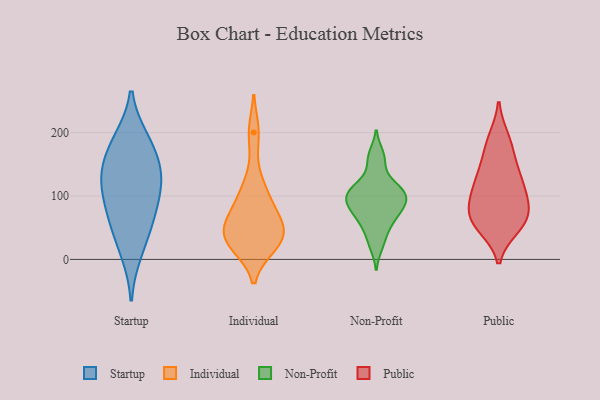
{"axis": {"x": "Headcount", "y": "Value"}, "legend": ["Individual", "Non-Profit", "Public", "Startup"], "data": [{"x": "", "y": 85, "type": "Startup"}, {"x": "", "y": 132, "type": "Startup"}, {"x": "", "y": 152, "type": "Startup"}, {"x": "", "y": 119, "type": "Startup"}, {"x": "", "y": 69, "type": "Startup"}, {"x": "", "y": 184, "type": "Startup"}, {"x": "", "y": 125, "type": "Startup"}, {"x": "", "y": 188, "type": "Startup"}, {"x": "", "y": 50, "type": "Startup"}, {"x": "", "y": 12, "type": "Startup"}, {"x": "", "y": 22, "type": "Individual"}, {"x": "", "y": 40, "type": "Individual"}, {"x": "", "y": 93, "type": "Individual"}, {"x": "", "y": 52, "type": "Individual"}, {"x": "", "y": 33, "type": "Individual"}, {"x": "", "y": 200, "type": "Individual"}, {"x": "", "y": 120, "type": "Individual"}, {"x": "", "y": 53, "type": "Individual"}, {"x": "", "y": 77, "type": "Individual"}, {"x": "", "y": 23, "type": "Individual"}, {"x": "", "y": 66, "type": "Non-Profit"}, {"x": "", "y": 83, "type": "Non-Profit"}, {"x": "", "y": 122, "type": "Non-Profit"}, {"x": "", "y": 111, "type": "Non-Profit"}, {"x": "", "y": 154, "type": "Non-Profit"}, {"x": "", "y": 21, "type": "Non-Profit"}, {"x": "", "y": 106, "type": "Non-Profit"}, {"x": "", "y": 97, "type": "Non-Profit"}, {"x": "", "y": 41, "type": "Non-Profit"}, {"x": "", "y": 78, "type": "Non-Profit"}, {"x": "", "y": 99, "type": "Non-Profit"}, {"x": "", "y": 85, "type": "Non-Profit"}, {"x": "", "y": 166, "type": "Non-Profit"}, {"x": "", "y": 107, "type": "Non-Profit"}, {"x": "", "y": 59, "type": "Non-Profit"}, {"x": "", "y": 52, "type": "Public"}, {"x": "", "y": 190, "type": "Public"}, {"x": "", "y": 100, "type": "Public"}, {"x": "", "y": 60, "type": "Public"}, {"x": "", "y": 86, "type": "Public"}, {"x": "", "y": 70, "type": "Public"}, {"x": "", "y": 130, "type": "Public"}, {"x": "", "y": 158, "type": "Public"}, {"x": "", "y": 95, "type": "Public"}, {"x": "", "y": 125, "type": "Public"}, {"x": "", "y": 124, "type": "Public"}, {"x": "", "y": 182, "type": "Public"}, {"x": "", "y": 58, "type": "Public"}, {"x": "", "y": 61, "type": "Public"}]}